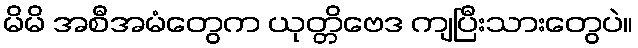
မိမိ အစီအမံတွေက ယုတ္တိဗေဒ ကျပြီးသားတွေပဲ။